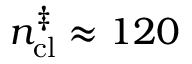
n _ { \mathrm { c l } } ^ { \ddagger } \approx 1 2 0